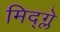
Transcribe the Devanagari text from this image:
मिद्ग्ले